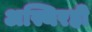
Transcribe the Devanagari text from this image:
अस्थिरही